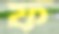
ফ